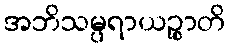
အဘိသမ္ပရာယဉ္စာတိ